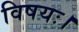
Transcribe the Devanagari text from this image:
विषयः।